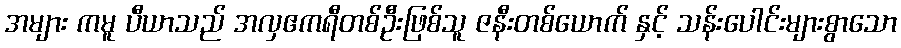
အများ ကမူ ပီယာသည် အလှဧကရီတစ်ဦးဖြစ်သူ ဇနီးတစ်ယောက် နှင့် သန်းပေါင်းများစွာသော